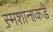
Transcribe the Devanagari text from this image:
स्मशानाकडे